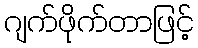
ဂျက်ဖိုက်တာဖြင့်